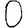
Digit: 0